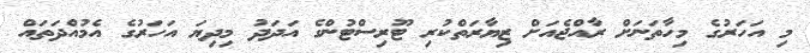
މި އަހަރުގެ މިހާތަނަށް ރާއްޖެއަށް ޒިޔާރަތްކުރި ޓޫރިސްޓުންގެ އަދަދު މިދިޔަ އަހަރުގެ އެމުއްދަތައް